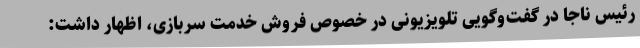
رئیس ناجا در گفت‌وگویی تلویزیونی در خصوص فروش خدمت سربازی، اظهار داشت: